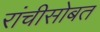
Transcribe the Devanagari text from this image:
रांचीसोबत